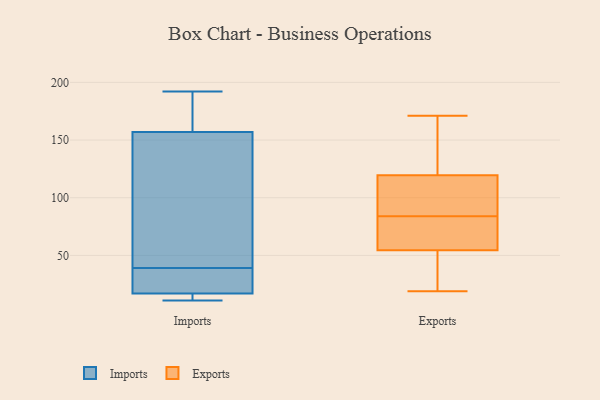
{"axis": {"x": "Demand Index", "y": "Value"}, "legend": ["Exports", "Imports"], "data": [{"x": "", "y": 11, "type": "Imports"}, {"x": "", "y": 12, "type": "Imports"}, {"x": "", "y": 17, "type": "Imports"}, {"x": "", "y": 170, "type": "Imports"}, {"x": "", "y": 17, "type": "Imports"}, {"x": "", "y": 34, "type": "Imports"}, {"x": "", "y": 118, "type": "Imports"}, {"x": "", "y": 178, "type": "Imports"}, {"x": "", "y": 192, "type": "Imports"}, {"x": "", "y": 39, "type": "Imports"}, {"x": "", "y": 40, "type": "Imports"}, {"x": "", "y": 114, "type": "Exports"}, {"x": "", "y": 24, "type": "Exports"}, {"x": "", "y": 131, "type": "Exports"}, {"x": "", "y": 102, "type": "Exports"}, {"x": "", "y": 128, "type": "Exports"}, {"x": "", "y": 93, "type": "Exports"}, {"x": "", "y": 125, "type": "Exports"}, {"x": "", "y": 51, "type": "Exports"}, {"x": "", "y": 171, "type": "Exports"}, {"x": "", "y": 57, "type": "Exports"}, {"x": "", "y": 65, "type": "Exports"}, {"x": "", "y": 52, "type": "Exports"}, {"x": "", "y": 60, "type": "Exports"}, {"x": "", "y": 94, "type": "Exports"}, {"x": "", "y": 75, "type": "Exports"}, {"x": "", "y": 19, "type": "Exports"}]}